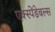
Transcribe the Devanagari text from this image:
एक्स्पेंडेबल्स